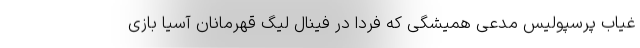
غیاب پرسپولیس مدعی همیشگی که فردا در فینال لیگ قهرمانان آسیا بازی